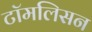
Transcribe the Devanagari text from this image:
टॉमलिसन